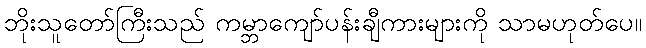
ဘိုးသူတော်ကြီးသည် ကမ္ဘာကျော်ပန်းချီကားများကို သာမဟုတ်ပေ။